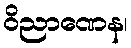
ဝိညာဏေန၊